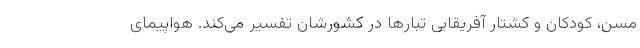
مسن، کودکان و کشتار آفریقایی تبارها در کشورشان تفسیر می‌کند. هواپیمای